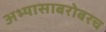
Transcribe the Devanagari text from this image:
अभ्यासाबरोबरच